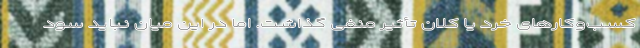
کسب‌وکارهای خُرد یا کلان تأثیر منفی گذاشت. اما در این میان نباید سود